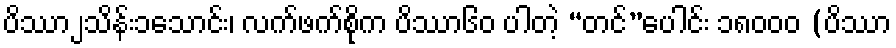
ပိဿာ၂သိန်း၁သောင်း၊ လက်ဖက်စိုက ပိဿာ၆၀ ပါတဲ့ “တင်”ပေါင်း ၁၈၀၀၀ (ပိဿာ